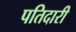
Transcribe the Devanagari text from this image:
पतिदारी